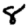
Digit: 8